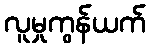
လူမှုကွန်ယက်